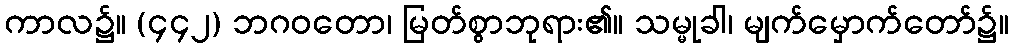
ကာလ၌။ (၄၄၂) ဘဂဝတော၊ မြတ်စွာဘုရား၏။ သမ္မုခါ၊ မျက်မှောက်တော်၌။